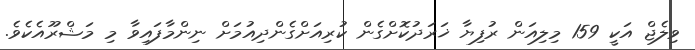
ވިލެޖް އަކީ 159 މިލިއަން ރުފިޔާ ޚަރަދުކޮށްގެން ކުރިއަށްގެންދިއުމަށް ނިންމާފައިވާ މި މަޝްރޫއެކެވެ.